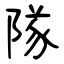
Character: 隊